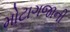
મોટાગજાની